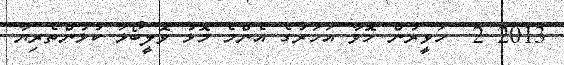
2013 2  ހަވީރުން ހޮވާ އަހަރުގެ އެންމެ މޮޅު ވޮލީބޯޅަ ކުޅުންތެރިޔާ